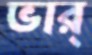
ভার্